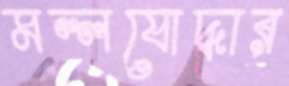
মল্লযোদ্ধার